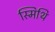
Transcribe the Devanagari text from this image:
स्मिथि